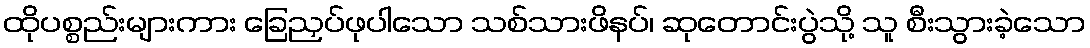
ထိုပစ္စည်းများကား ခြေညှပ်ဖုပါသော သစ်သားဖိနပ်၊ ဆုတောင်းပွဲသို့ သူ စီးသွားခဲ့သော